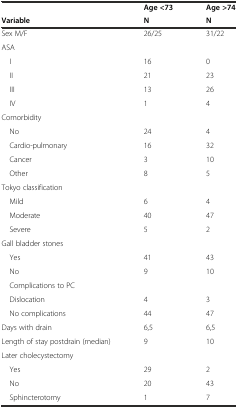
|  | Age <73 | Age >74 |
 | Variable | N | N |
 | --- | --- | --- |
 | Sex M/F | 26/25 | 31/22 |
 | ASA |  |  |
 | I | 16 | 0 |
 | II | 21 | 23 |
 | III | 13 | 26 |
 | IV | 1 | 4 |
 | Comorbidity |  |  |
 | No | 24 | 4 |
 | Cardio-pulmonary | 16 | 32 |
 | Cancer | 3 | 10 |
 | Other | 8 | 5 |
 | Tokyo classification |  |  |
 | Mild | 6 | 4 |
 | Moderate | 40 | 47 |
 | Severe | 5 | 2 |
 | Gall bladder stones |  |  |
 | Yes | 41 | 43 |
 | No | 9 | 10 |
 | Complications to PC |  |  |
 | Dislocation | 4 | 3 |
 | No complications | 44 | 47 |
 | Days with drain | 6,5 | 6,5 |
 | Length of stay postdrain (median) | 9 | 10 |
 | Later cholecystectomy |  |  |
 | Yes | 29 | 2 |
 | No | 20 | 43 |
 | Sphincterotomy | 1 | 7 |